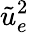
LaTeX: \tilde{u}_{e}^{2}